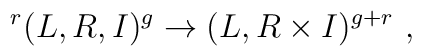
\ ^r (L,R,I)^g \to (L,R\times I)^{g+r}\ ,